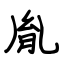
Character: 胤